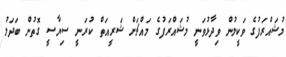
މުޝައްރަފުގެ ވަކީލުން ވިދާޅުވަނީ މުޝައްރަފުގެ މައްޗަށް ޝަރީއަތް ކުރަނީ ސިޔާސީ ގޮތުން ބަދަލު